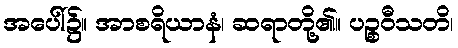
အပေါ်၌။ အာစရိယာနံ၊ ဆရာတို့၏။ ပဉ္စဝီသတိ၊